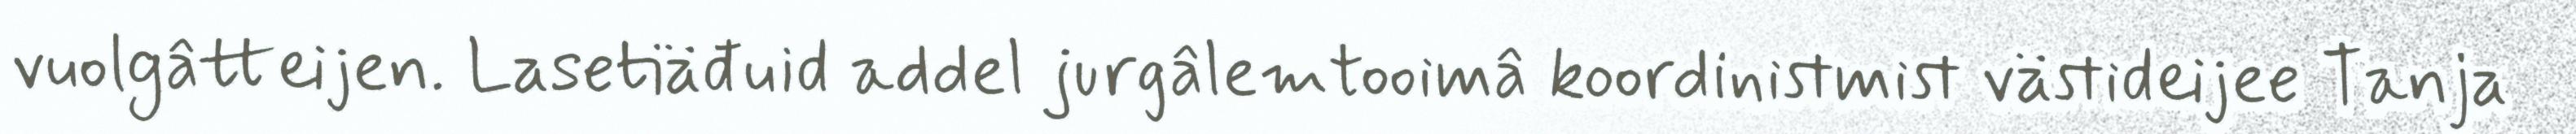
vuolgâtteijen. Lasetiäđuid addel jurgâlemtooimâ koordinistmist västideijee Tanja